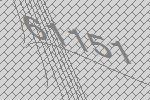
61151